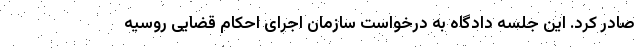
صادر کرد. این جلسه دادگاه به درخواست سازمان اجرای احکام قضایی روسیه